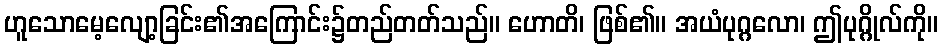
ဟူသောမေ့လျော့ခြင်း၏အကြောင်း၌တည်တတ်သည်။ ဟောတိ၊ ဖြစ်၏။ အယံပုဂ္ဂလော၊ ဤပုဂ္ဂိုလ်ကို။